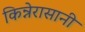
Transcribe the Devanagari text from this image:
किन्नेरासानी